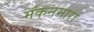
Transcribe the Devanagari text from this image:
मॅकनमारा